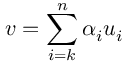
v = \sum _ { i = k } ^ { n } \alpha _ { i } u _ { i }